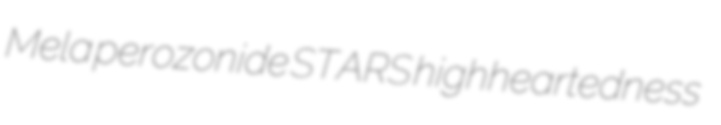
Mela perozonide STARS highheartedness